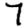
Digit: 7